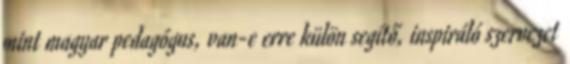
mint magyar pedagógus, van-e erre külön segítő, inspiráló szervezet